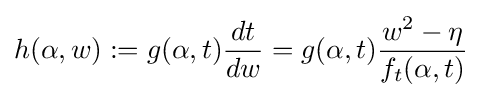
h(\alpha ,w):=g(\alpha ,t){\frac {dt}{dw}}=g(\alpha ,t){\frac {w^{2}-\eta }{f_{t}(\alpha ,t)}}